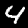
Label: 4